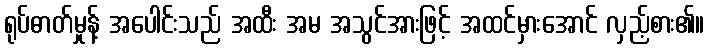
ရုပ်ဓာတ်မှုန့် အပေါင်းသည် အထီး အမ အသွင်အားဖြင့် အထင်မှားအောင် လှည့်စား၏။